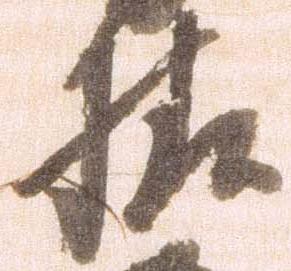
様